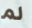
لم